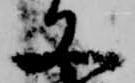
文